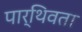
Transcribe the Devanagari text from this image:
पार्थिवता